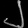
Digit: ၂